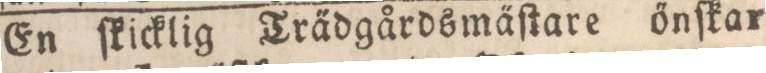
En ſkicklig Trädgårdsmäſtare őnſkar